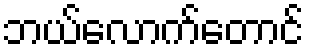
ဘယ်လောက်တောင်